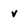
Character: v